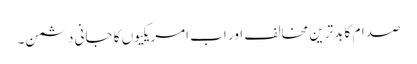
صدام کا بدترین مخالف اور اب امریکیوں کا جانی دشمن۔